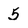
Character: 5